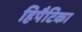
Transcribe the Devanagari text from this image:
हिपैटिका